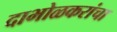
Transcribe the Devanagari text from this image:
दाभोळकरांचा